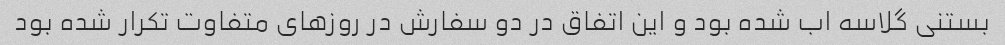
بستنی گلاسه اب شده بود و این اتفاق در دو سفارش در روزهای متفاوت تکرار شده بود